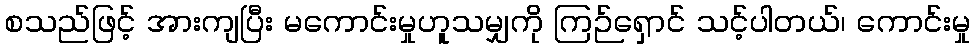
စသည်ဖြင့် အားကျပြီး မကောင်းမှုဟူသမျှကို ကြဉ်ရှောင် သင့်ပါတယ်၊ ကောင်းမှု